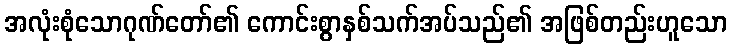
အလုံးစုံသောဂုဏ်တော်၏ ကောင်းစွာနှစ်သက်အပ်သည်၏ အဖြစ်တည်းဟူသော